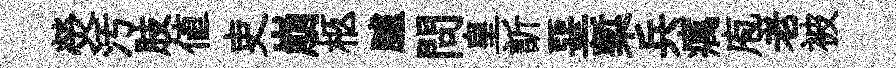
熒汚肢値吏崩柩臚問皇訢堊槧兵癘庖老被